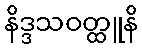
နိဒ္ဒသဝတ္ထူနိ